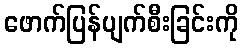
ဖောက်ပြန်ပျက်စီးခြင်းကို